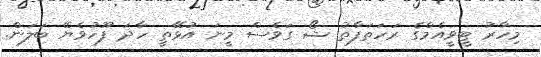
މިހާރު ޓީވީއެމްގެ ރަހަތަފާތު ޝޯ ގަވެސް މީނަ އުޅޭތީ ހާދަ ފޫހުވެޔޭ ބަލަން.